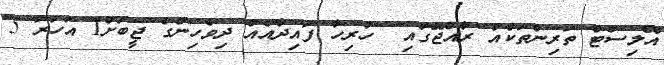
އޭލިސްޓް ތަރިންތަކެއް ރާއްޖޭގައި  ހުރިހާ ފައިދާއެއް ދިވެހިންގެ ޖީބަށް1 އަހަރު 5